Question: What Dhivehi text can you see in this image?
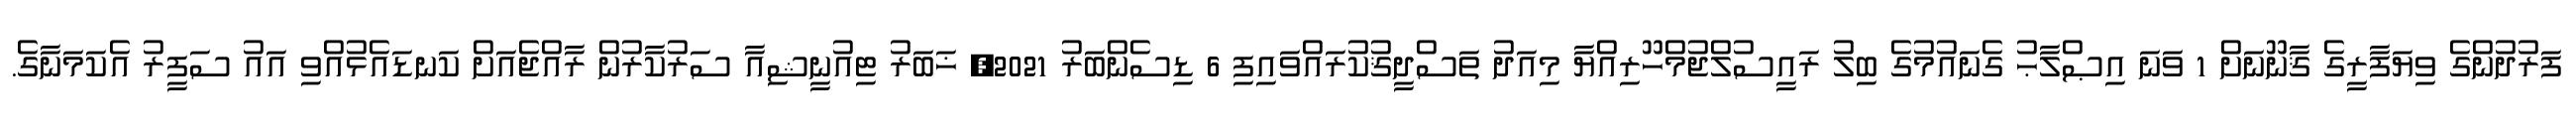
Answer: ފަރުދުންގެ ވިޔަފާރީގެ ޤާނޫނަށް 1 ވަނަ އިޞްލާޙު ގެނައުމުގެ ބިލު ރައީސުލްޖުމްހޫރިއްޔާ މިއަދު ތަސްދީޤުކުރައްވައިފި 6 ޑިސެންބަރު 2021, ޚަބަރު ޓިއުނީޝިއާ ސަރުކާރުން ރާއްޖެއަށް ކަނޑައެޅުއްވި އައު ސަފީރު އެކަމަނާގެ.